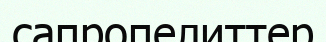
сапропелиттер